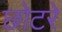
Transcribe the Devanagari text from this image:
छोटरे